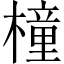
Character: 橦